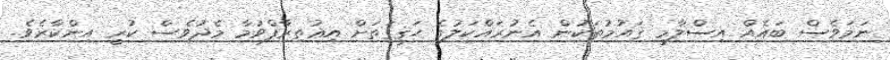
ނަމަވެސް ބައެއް އިސްލާމީ ޤައުމުތަކުން އެނުރައްކަލުގެ ޙަޤީޤަތަށް އިޢުތިރާފްވުމާ މެދުވެސް ކުރީ އިންކާރެވެ.